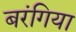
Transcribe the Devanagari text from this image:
बरंगिया